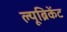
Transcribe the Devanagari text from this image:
ल्यूब्रिकेंट